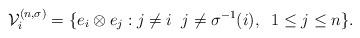
LaTeX: \begin{align*}\mathcal{V}_{i}^{(n,\sigma)}=\{e_{i}\otimes e_{j}: j\neq i \;\; j\neq \sigma^{-1}(i), \; \; 1\leq j\leq n\}.\end{align*}